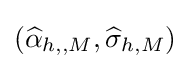
({\widehat {\alpha }}_{h,,M},{\widehat {\sigma }}_{h,M})